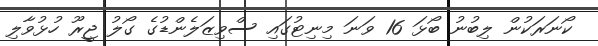
ކޯނަރަކުން ލިބުނު ބޯޅަ 16 ވަނަ މިނިޓުގައި ސްވިޒަލެންޑުގެ ގޯލު ޖީރޫ ހުޅުވާލި